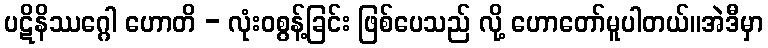
ပဋိနိဿဂ္ဂေါ ဟောတိ - လုံးဝစွန့်ခြင်း ဖြစ်ပေသည် လို့ ဟောတော်မူပါတယ်။အဲဒီမှာ